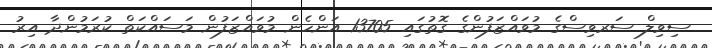
ސިވިލް ސަރވިސްގެ މުވައްޒަފުންގެ ގޮތުގައި 13705 އަންހެން މުވައްޒަފުން މަސައްކަތް ކުރަމުންދާ އިރު